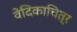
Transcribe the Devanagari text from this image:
वेदिकाचित्र